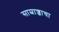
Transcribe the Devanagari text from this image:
साम्राज्जाचा